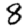
Digit: 8